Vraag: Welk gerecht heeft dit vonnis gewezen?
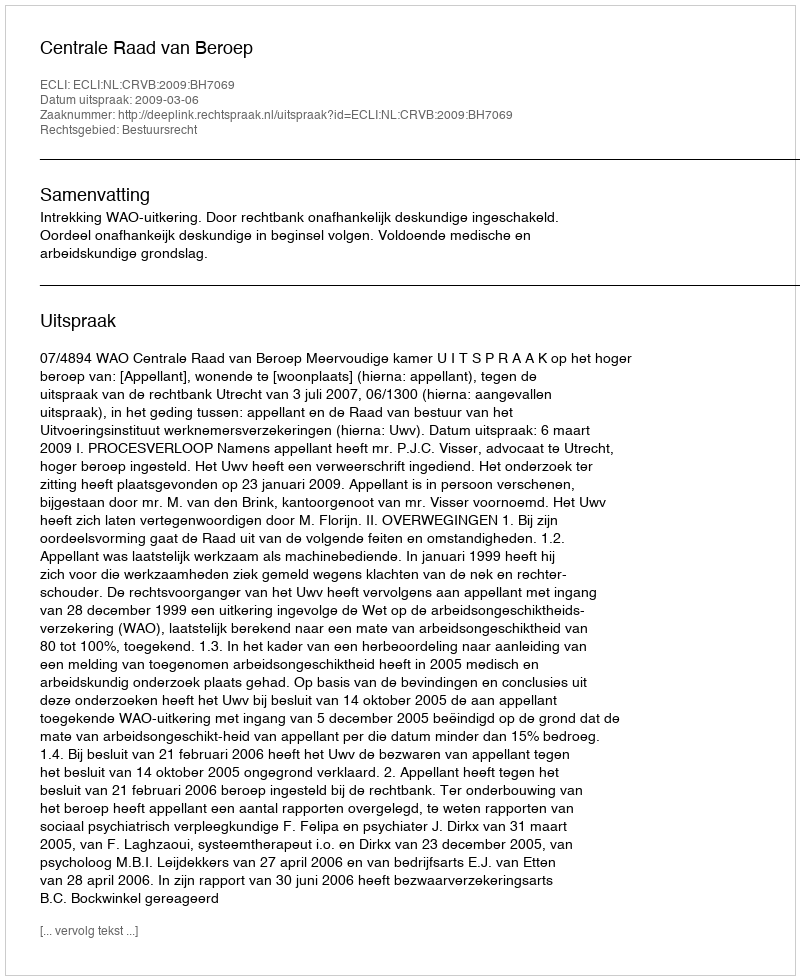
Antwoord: Centrale Raad van Beroep